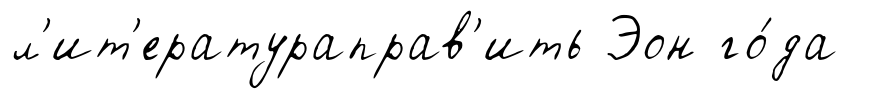
л'ит'ератураправ'ить Эон го́да